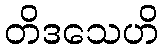
တိဒသေဟိ